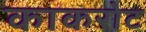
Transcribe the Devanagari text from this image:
काकरोट